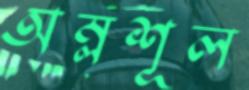
অম্লশূল